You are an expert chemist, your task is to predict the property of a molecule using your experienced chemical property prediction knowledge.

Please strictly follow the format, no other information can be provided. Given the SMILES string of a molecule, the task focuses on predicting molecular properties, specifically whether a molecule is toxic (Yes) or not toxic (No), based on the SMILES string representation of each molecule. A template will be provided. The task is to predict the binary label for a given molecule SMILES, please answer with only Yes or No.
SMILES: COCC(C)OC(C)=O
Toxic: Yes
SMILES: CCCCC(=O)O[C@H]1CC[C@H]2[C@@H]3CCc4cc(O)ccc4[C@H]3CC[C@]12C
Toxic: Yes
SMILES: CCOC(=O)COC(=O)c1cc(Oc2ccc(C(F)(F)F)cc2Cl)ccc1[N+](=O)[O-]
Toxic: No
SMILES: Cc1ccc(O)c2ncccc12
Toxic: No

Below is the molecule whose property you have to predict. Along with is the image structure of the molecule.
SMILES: O=C(O)[C@H]1[C@@H](O)CC[C@H]2CN3CCc4c([nH]c5ccccc45)[C@@H]3C[C@@H]21
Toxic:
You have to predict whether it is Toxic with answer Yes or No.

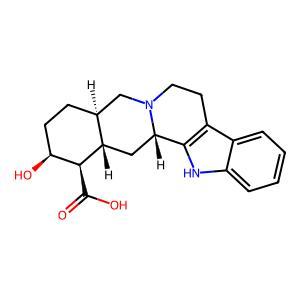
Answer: No